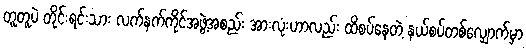
တူတူပဲ တိုင်းရင်းသား လက်နက်ကိုင်အဖွဲ့အစည်း အားလုံးဟာလည်း ထိစပ်နေတဲ့ နယ်စပ်တစ်လျှောက်မှာ